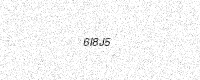
Text: 6I8J5